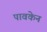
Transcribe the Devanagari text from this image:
पावकेन